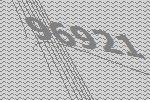
96921